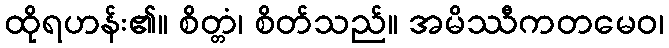
ထိုရဟန်း၏။ စိတ္တံ၊ စိတ်သည်။ အမိဿီကတမေဝ၊